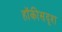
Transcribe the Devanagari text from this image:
हॉकीसदृश